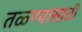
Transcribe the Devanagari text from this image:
तळ्ण्यासाठी